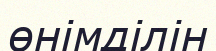
өнімділін